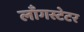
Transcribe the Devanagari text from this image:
लाँगस्टेटर